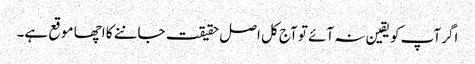
اگر آپ کو یقین نہ آئے تو آج کل اصل حقیقت جاننے کا اچھا موقع ہے۔